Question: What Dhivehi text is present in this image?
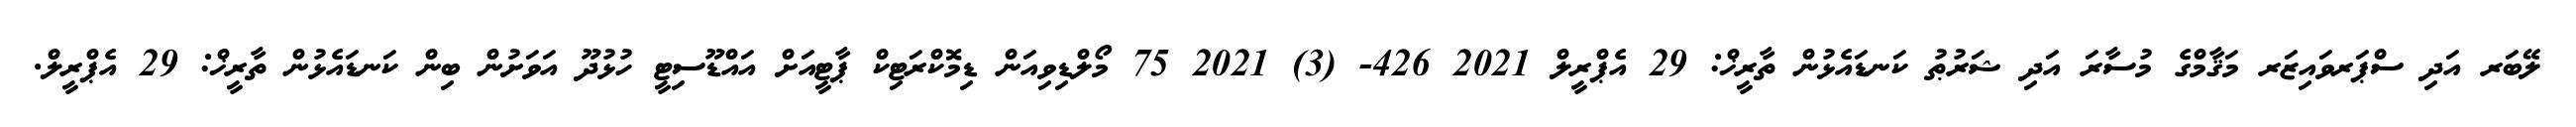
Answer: ލޭބަރ އަދި ސްޕަރވައިޒަރ މަޤާމްގެ މުސާރަ އަދި ޝަރުޠު ކަނޑައެޅުން ތާރީޚް: 29 އެޕްރީލް 2021 426- (3) 2021 75 މޯލްޑިވިއަން ޑިމޮކްރަޓިކް ޕާޓީއަށް އައްޑޫސިޓީ ހުޅުދޫ އަވަށުން ބިން ކަނޑައެޅުން ތާރީޚް: 29 އެޕްރީލް.